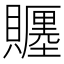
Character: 𧸪